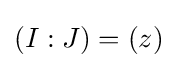
(I:J)=(z)